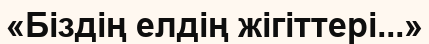
«Біздің елдің жігіттері...»